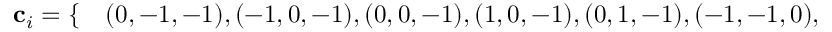
\begin{array} { r l } { \mathbf { c } _ { i } = \{ } & { { } ( 0 , - 1 , - 1 ) , ( - 1 , 0 , - 1 ) , ( 0 , 0 , - 1 ) , ( 1 , 0 , - 1 ) , ( 0 , 1 , - 1 ) , ( - 1 , - 1 , 0 ) , } \end{array}